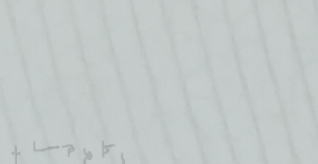
مطعم البيت اللبناني الأصي